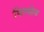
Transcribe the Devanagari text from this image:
पिल्सेन